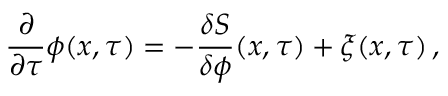
\frac { \partial } { \partial \tau } \phi ( x , \tau ) = - \frac { \delta S } { \delta \phi } ( x , \tau ) + \xi ( x , \tau ) \, ,